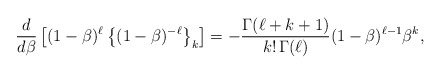
\begin{align*}{d\over d\beta} \left[(1-\beta)^\ell\left\{(1-\beta)^{-\ell}\right\}_k\right]= -{\Gamma(\ell+k+1)\over k!\,\Gamma(\ell)}(1-\beta)^{\ell-1}\beta^k,\end{align*}